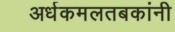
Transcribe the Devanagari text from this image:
अर्धकमलतबकांनी